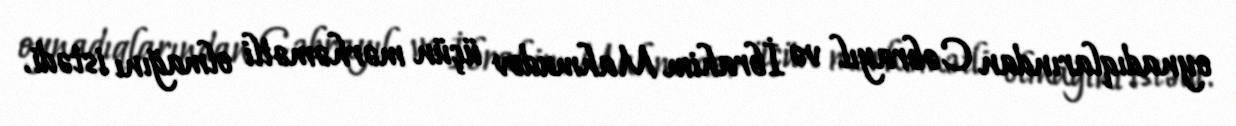
oynadıqlarından Cəbrayıl və İbrahim Mahmudov üçün mərhəmətli olmağını istədi.